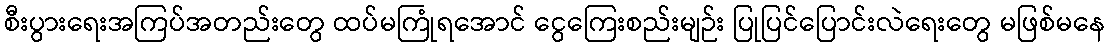
စီးပွားရေးအကြပ်အတည်းတွေ ထပ်မကြုံရအောင် ငွေကြေးစည်းမျဉ်း ပြုပြင်ပြောင်းလဲရေးတွေ မဖြစ်မနေ